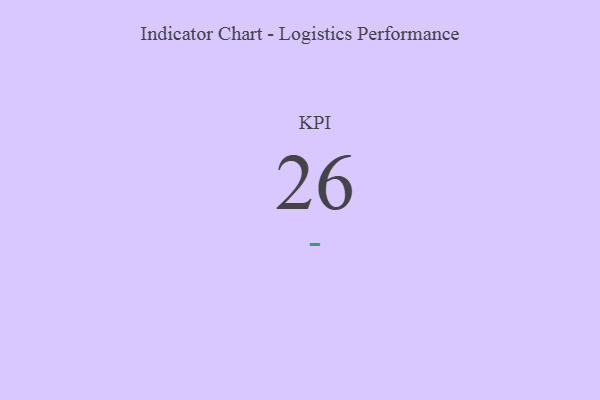
{"axis": {"x": "KPI", "y": "Value"}, "legend": [""], "data": [{"x": "KPI", "y": 26, "type": ""}]}